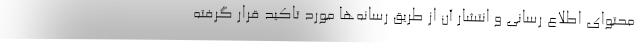
محتوای اطلاع رسانی و انتشار آن از طریق رسانه‌ها مورد تاکید قرار گرفته